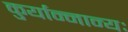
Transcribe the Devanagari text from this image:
कुर्यान्नान्यः